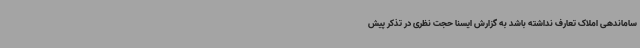
ساماندهی املاک تعارف نداشته باشد به گزارش ایسنا حجت نظری در تذکر پیش